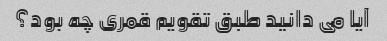
آیا می دانید طبق تقویم قمری چه بود؟